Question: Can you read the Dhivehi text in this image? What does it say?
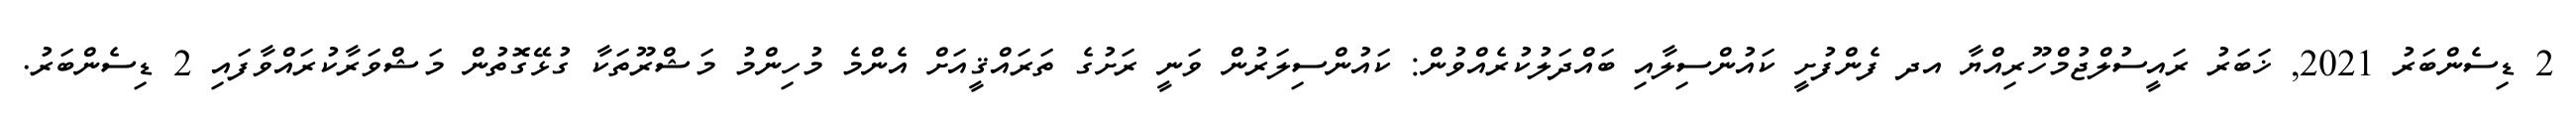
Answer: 2 ޑިސެންބަރު 2021, ޚަބަރު ރައީސުލްޖުމްހޫރިއްޔާ އދ ފެންފުށީ ކައުންސިލާއި ބައްދަލުކުރެއްވުން: ކައުންސިލަރުން ވަނީ ރަށުގެ ތަރައްޤީއަށް އެންމެ މުހިންމު މަޝްރޫތަކާ ގުޅޭގޮތުން މަޝްވަރާކުރައްވާފައި 2 ޑިސެންބަރު.